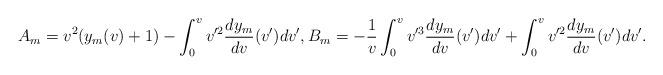
LaTeX: \begin{align*} A_m=v^2(y_m(v)+1)-\int_0^vv'^2\frac{dy_m}{dv}(v')dv',B_m=-\frac{1}{v}\int_0^vv'^3\frac{dy_m}{dv}(v')dv'+\int_0^vv'^2\frac{dy_m}{dv}(v')dv'.\end{align*}